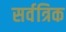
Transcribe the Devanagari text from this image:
सर्वत्रिक